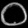
Digit: ၀